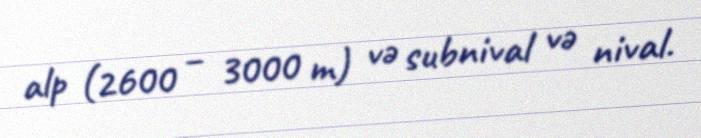
alp (2600 – 3000 m) və subnival və nival.